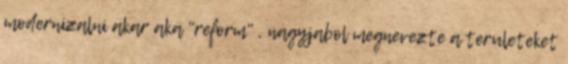
modernizalni akar aka "reform" , nagyjabol megnevezte a teruleteket